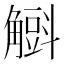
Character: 𧤰